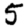
Digit: 5